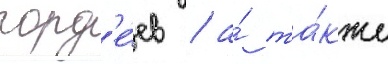
горд'е́ев / а́ та́кже